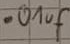
Text: .01uf